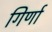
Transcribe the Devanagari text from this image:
गिर्णा